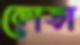
কোড়া